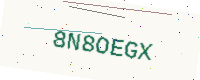
Text: 8N8OEGX